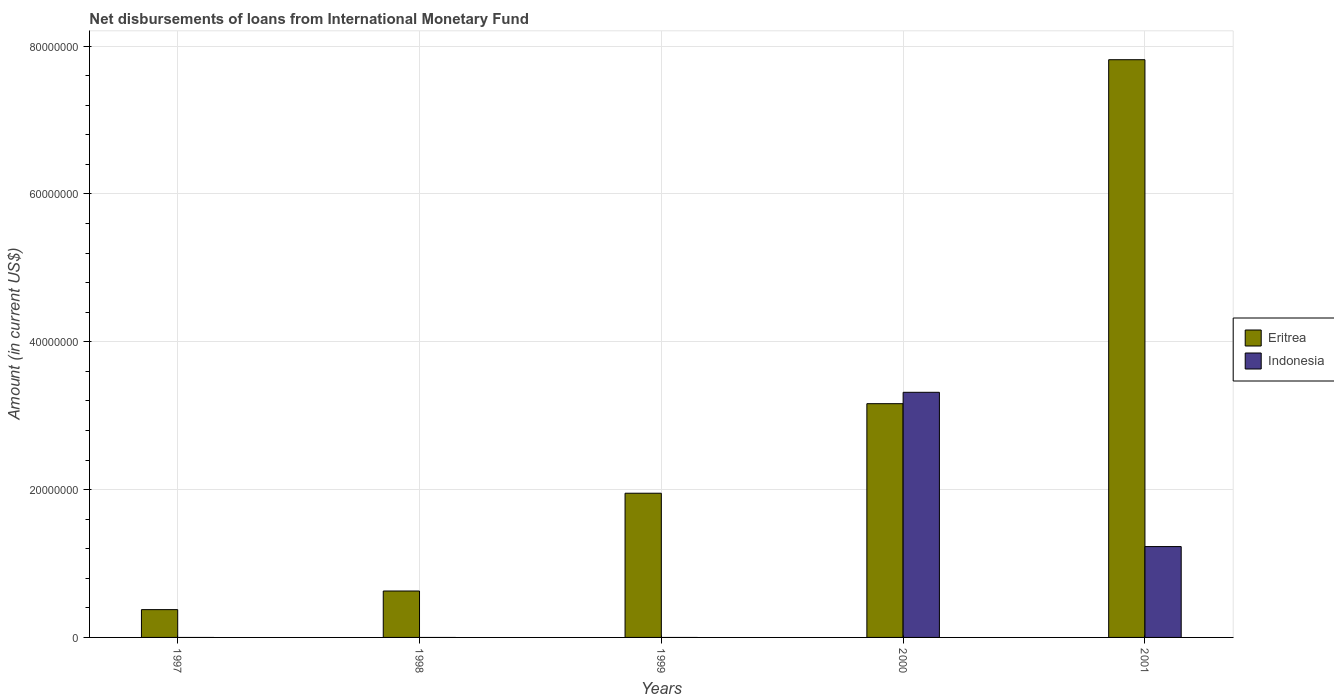
| Years | Eritrea | Indonesia |
 | --- | --- | --- |
 | 1997 | 3.76e+06 | -2.04e+07 |
 | 1998 | 6.28e+06 | -2.11e+07 |
 | 1999 | 1.95e+07 | -1.24e+07 |
 | 2000 | 3.16e+07 | 3.32e+07 |
 | 2001 | 7.82e+07 | 1.23e+07 |